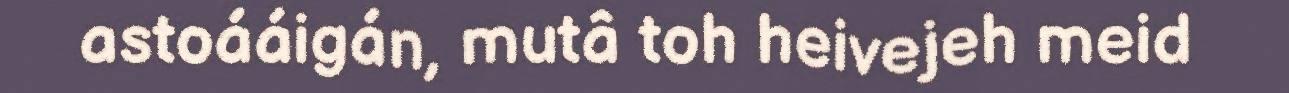
astoááigán, mutâ toh heivejeh meid